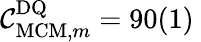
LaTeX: \mathcal{C}_{\mathrm{MCM},m}^{\mathrm{DQ}}=90(1)\